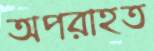
অপরাহত